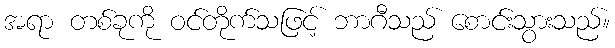
အရာ တစ်ခုကို ဝင်တိုက်သဖြင့် ဘာဂီသည် စောင်းသွားသည်။